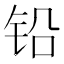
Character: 铅